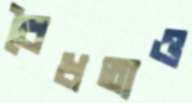
বৈধতাও